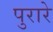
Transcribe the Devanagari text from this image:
पुरारे